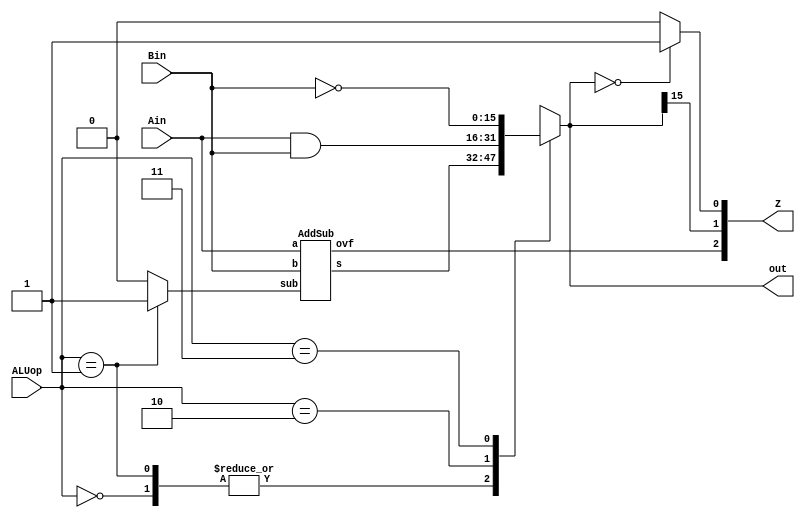
// The output Z needs to be changed for lab6
// output [2:0] Z_out;  //status output -> Z_out[0] = Zero flag(STATUS)
//                                   // -> Z_out[1] =negative flag
//                                   // -> Z_out[2] = overflow flag


module ALU(Ain,Bin,ALUop,out,Z);
  input [15:0] Ain, Bin;
  input [1:0] ALUop;
  output [15:0] out;
  output [2:0] Z;

  wire sub; // checks if the subtraction operation is being performed
  wire [15:0] s; //output for the helper module
  wire ovf; //checks overflow

  reg [15:0] out;

  always @(*) begin
    case(ALUop)
      2'b00: out = s;//ADDing the input
      2'b01: out = s;//SUBTRACTing the input
      2'b10: out = Ain&Bin;//ANDing the input
      2'b11: out = ~Bin;//INVERSE of the input
      default: out =  {16{1'bx}} ; //to catch errors
    endcase
  end

  assign sub = (ALUop==2'b01) ? 1'b1 : 1'b0;


  AddSub OvFlow(Ain, Bin, sub, s, ovf); //does the math and checks overflow

//ALU output: if out=0 Z=1, otherwise Z=0

  assign Z[0] = (out==16'b0)?1'b1:1'b0; //checks if the output is zero
  assign Z[2] = ovf; //gets the overflow
  assign Z[1] = out[15]; //gets the signed bits

endmodule


//------------------------------------------------------------------------------

//helper modules(taken from lecture notes):

// add a+b or subtract a-b, check for overflow
module AddSub(a,b,sub,s,ovf) ;
  parameter n = 16 ;
  input [n-1:0] a, b ;
  input sub ;           // subtract if sub=1, otherwise add
  output [n-1:0] s ;
  output ovf ;          // 1 if overflow
  wire c1, c2 ;         // carry out of last two bits
  wire ovf = c1 ^ c2 ;  // overflow if signs don't match

  // add non sign bits
  Adder1 #(n-1) ai(a[n-2:0],b[n-2:0]^{n-1{sub}},sub,c1,s[n-2:0]) ;
  // add sign bits
  Adder1 #(1)   as(a[n-1],b[n-1]^sub,c1,c2,s[n-1]) ;
endmodule

// multi-bit adder - behavioral
module Adder1(a,b,cin,cout,s) ;
  parameter n = 8 ;
  input [n-1:0] a, b ;
  input cin ;
  output [n-1:0] s ;
  output cout ;
  wire [n-1:0] s;
  wire cout ;

  assign {cout, s} = a + b + cin ;
endmodule